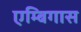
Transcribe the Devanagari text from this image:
एम्बिगास